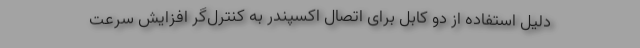
دلیل استفاده از دو کابل برای اتصال اکسپندر به کنترل‌گر افزایش سرعت